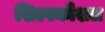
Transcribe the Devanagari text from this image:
शिल्पकौशल